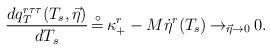
\begin{align*}{{d q_T^{r\tau\tau}(T_s,\vec \eta )}\over {dT_s}}\, {\buildrel\circ \over =}\, \kappa^r_{+}-M {\dot \eta}^r(T_s)\,{\rightarrow}_{\vec \eta \rightarrow 0}\, 0.\end{align*}